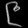
Digit: ၉